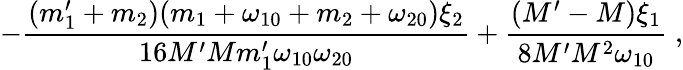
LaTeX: -\frac{(m_{1}^{\prime}+m_{2})(m_{1}+\omega_{10}+m_{2}+\omega_{20})\xi_{2}}{16M^{\prime}Mm_{1}^{\prime}\omega_{10}\omega_{20}}+\frac{(M^{\prime}-M)\xi_{1}}{8M^{\prime}M^{2}\omega_{10}}\; ,